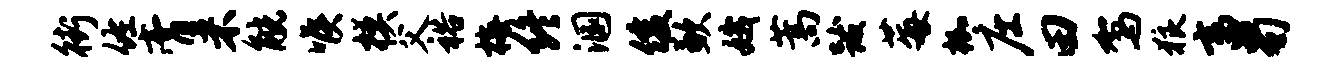
街佐膏米觥喉模父裕梅终溷俊歉娥蒿跋莓枷庄田驾狼畜蜀